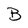
Character: B